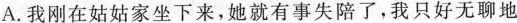
A.我刚在姑姑家坐下来，她就有事失陪了，我只好无聊地